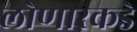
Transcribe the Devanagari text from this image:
लोणारकडे